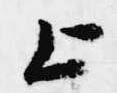
上